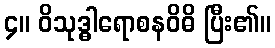
၄။ ဝိသုဒ္ဓါရောစနဝိဓိ ပြီး၏။